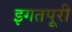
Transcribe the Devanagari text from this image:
इगतपूरी